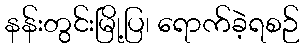
နန်းတွင်းမြို့ပြ၊ ရောက်ခဲ့ရစဉ်